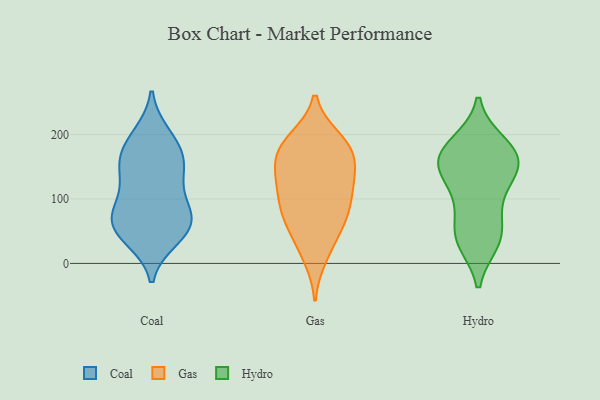
{"axis": {"x": "Bounce Rate (%)", "y": "Value"}, "legend": ["Coal", "Gas", "Hydro"], "data": [{"x": "", "y": 153, "type": "Coal"}, {"x": "", "y": 81, "type": "Coal"}, {"x": "", "y": 64, "type": "Coal"}, {"x": "", "y": 96, "type": "Coal"}, {"x": "", "y": 196, "type": "Coal"}, {"x": "", "y": 39, "type": "Coal"}, {"x": "", "y": 200, "type": "Coal"}, {"x": "", "y": 162, "type": "Coal"}, {"x": "", "y": 52, "type": "Coal"}, {"x": "", "y": 71, "type": "Coal"}, {"x": "", "y": 58, "type": "Coal"}, {"x": "", "y": 126, "type": "Coal"}, {"x": "", "y": 38, "type": "Coal"}, {"x": "", "y": 134, "type": "Coal"}, {"x": "", "y": 158, "type": "Coal"}, {"x": "", "y": 78, "type": "Coal"}, {"x": "", "y": 175, "type": "Coal"}, {"x": "", "y": 133, "type": "Gas"}, {"x": "", "y": 149, "type": "Gas"}, {"x": "", "y": 127, "type": "Gas"}, {"x": "", "y": 193, "type": "Gas"}, {"x": "", "y": 63, "type": "Gas"}, {"x": "", "y": 101, "type": "Gas"}, {"x": "", "y": 175, "type": "Gas"}, {"x": "", "y": 104, "type": "Gas"}, {"x": "", "y": 10, "type": "Gas"}, {"x": "", "y": 123, "type": "Gas"}, {"x": "", "y": 179, "type": "Gas"}, {"x": "", "y": 62, "type": "Gas"}, {"x": "", "y": 193, "type": "Gas"}, {"x": "", "y": 27, "type": "Gas"}, {"x": "", "y": 160, "type": "Gas"}, {"x": "", "y": 175, "type": "Gas"}, {"x": "", "y": 77, "type": "Gas"}, {"x": "", "y": 74, "type": "Gas"}, {"x": "", "y": 166, "type": "Hydro"}, {"x": "", "y": 35, "type": "Hydro"}, {"x": "", "y": 45, "type": "Hydro"}, {"x": "", "y": 166, "type": "Hydro"}, {"x": "", "y": 186, "type": "Hydro"}, {"x": "", "y": 144, "type": "Hydro"}, {"x": "", "y": 151, "type": "Hydro"}, {"x": "", "y": 185, "type": "Hydro"}, {"x": "", "y": 51, "type": "Hydro"}, {"x": "", "y": 146, "type": "Hydro"}, {"x": "", "y": 104, "type": "Hydro"}, {"x": "", "y": 157, "type": "Hydro"}, {"x": "", "y": 34, "type": "Hydro"}, {"x": "", "y": 98, "type": "Hydro"}]}